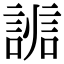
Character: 𧩵